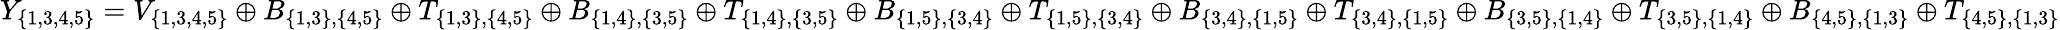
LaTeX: Y_{\{ 1,3,4,5\} }=V_{\{ 1,3,4,5\} }\oplus B_{\{ 1,3\} ,\{ 4,5\} }\oplus T_{\{ 1,3\} ,\{ 4,5\} }\oplus B_{\{ 1,4\} ,\{ 3,5\} }\oplus T_{\{ 1,4\} ,\{ 3,5\} }\oplus B_{\{ 1,5\} ,\{ 3,4\} }\oplus T_{\{ 1,5\} ,\{ 3,4\} }\oplus B_{\{ 3,4\} ,\{ 1,5\} }\oplus T_{\{ 3,4\} ,\{ 1,5\} }\oplus B_{\{ 3,5\} ,\{ 1,4\} }\oplus T_{\{ 3,5\} ,\{ 1,4\} }\oplus B_{\{ 4,5\} ,\{ 1,3\} }\oplus T_{\{ 4,5\} ,\{ 1,3\} }